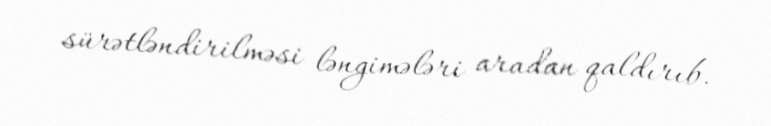
sürətləndirilməsi ləngimələri aradan qaldırıb.